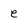
Character: e